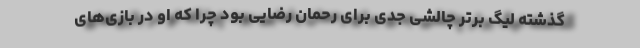
گذشته لیگ برتر چالشی جدی برای رحمان رضایی بود چرا که او در بازی‌های